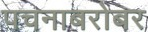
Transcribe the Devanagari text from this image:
पचनाबरोबर